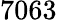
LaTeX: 7063